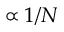
\propto 1 / N